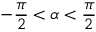
- \frac { \pi } { 2 } < \alpha < \frac { \pi } { 2 }